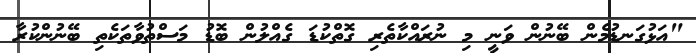
"އަޅުގަނޑުމެން ބޭނުން ވަނީ މި ނުރައްކާތެރި ގޮތްކުޑަ ގެއްލުން ބޮޑު މަސްތުވާތަކެތި ބޭނުންކުރާ